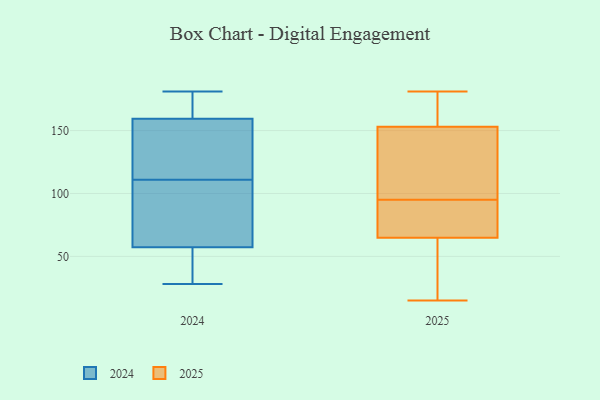
{"axis": {"x": "Tickets Resolved", "y": "Value"}, "legend": ["2024", "2025"], "data": [{"x": "", "y": 86, "type": "2025"}, {"x": "", "y": 15, "type": "2025"}, {"x": "", "y": 21, "type": "2025"}, {"x": "", "y": 90, "type": "2025"}, {"x": "", "y": 163, "type": "2025"}, {"x": "", "y": 95, "type": "2025"}, {"x": "", "y": 43, "type": "2025"}, {"x": "", "y": 26, "type": "2025"}, {"x": "", "y": 143, "type": "2025"}, {"x": "", "y": 181, "type": "2025"}, {"x": "", "y": 110, "type": "2025"}, {"x": "", "y": 174, "type": "2025"}, {"x": "", "y": 159, "type": "2025"}, {"x": "", "y": 72, "type": "2025"}, {"x": "", "y": 151, "type": "2025"}, {"x": "", "y": 97, "type": "2025"}, {"x": "", "y": 81, "type": "2025"}, {"x": "", "y": 115, "type": "2024"}, {"x": "", "y": 162, "type": "2024"}, {"x": "", "y": 111, "type": "2024"}, {"x": "", "y": 51, "type": "2024"}, {"x": "", "y": 93, "type": "2024"}, {"x": "", "y": 158, "type": "2024"}, {"x": "", "y": 163, "type": "2024"}, {"x": "", "y": 145, "type": "2024"}, {"x": "", "y": 181, "type": "2024"}, {"x": "", "y": 76, "type": "2024"}, {"x": "", "y": 160, "type": "2024"}, {"x": "", "y": 46, "type": "2024"}, {"x": "", "y": 28, "type": "2024"}, {"x": "", "y": 90, "type": "2024"}, {"x": "", "y": 44, "type": "2024"}]}